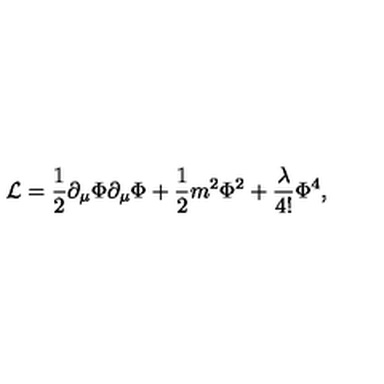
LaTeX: { \cal L } = \frac { 1 } { 2 } \partial _ { \mu } \Phi \partial _ { \mu } \Phi + \frac { 1 } { 2 } m ^ { 2 } \Phi ^ { 2 } + \frac { \lambda } { 4 ! } \Phi ^ { 4 } ,